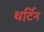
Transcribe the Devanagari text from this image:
थर्टिन